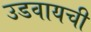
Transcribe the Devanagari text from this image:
उडवायची